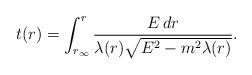
LaTeX: \begin{align*}t(r)=\int^r_{r_{\infty}} {{E\,dr}\over{\lambda(r)\sqrt{E^2-m^2\lambda(r)}}}.\end{align*}